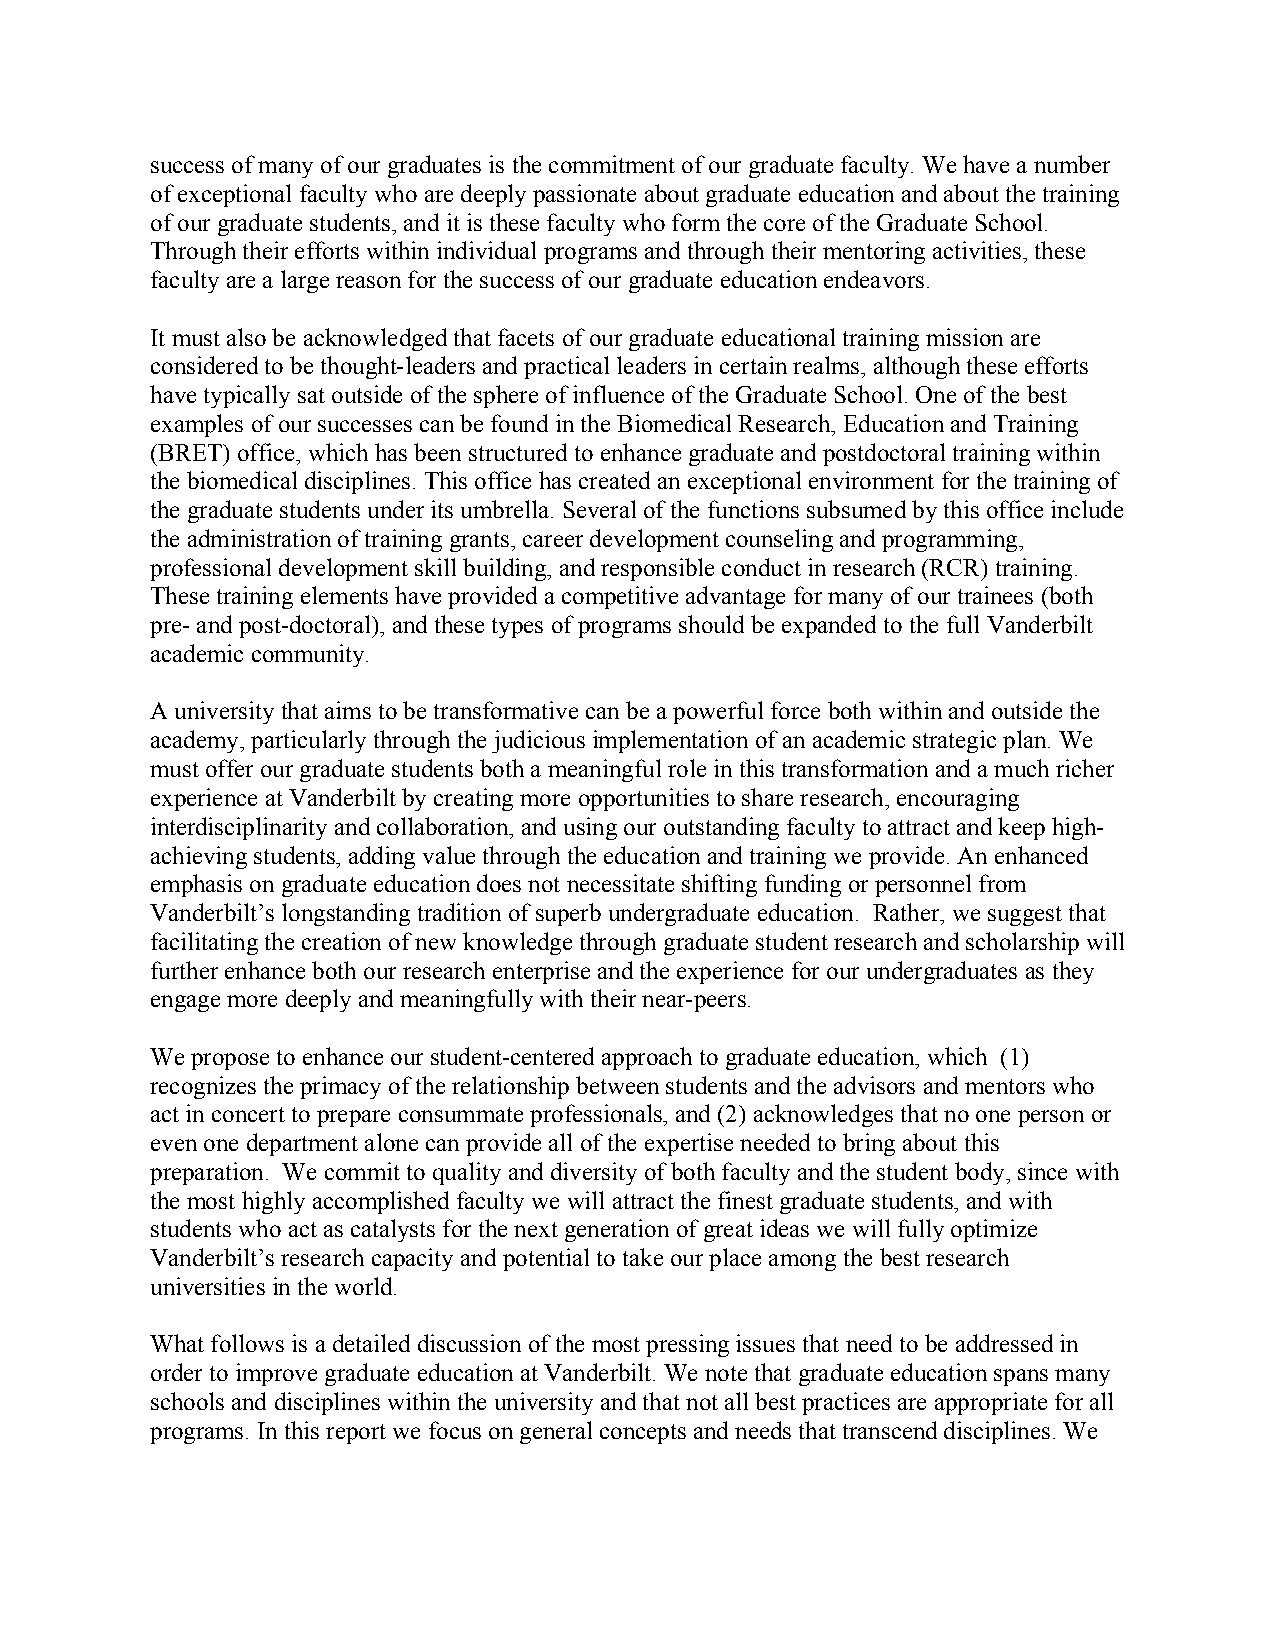
success of many of our graduates is the commitment of our graduate faculty. We have a number
 of exceptional faculty who are deeply passionate about graduate education and about the training
 of our graduate students, and it is these faculty who form the core of the Graduate School.
 Through their efforts within individual programs and through their mentoring activities, these
 faculty are a large reason for the success of our graduate education endeavors.
 It must also be acknowledged that facets of our graduate educational training mission are
 considered to be thought-leaders and practical leaders in certain realms, although these efforts
 have typically sat outside of the sphere of influence of the Graduate School. One of the best
 examples of our successes can be found in the Biomedical Research, Education and Training
 (BRET) office, which has been structured to enhance graduate and postdoctoral training within
 the biomedical disciplines. This office has created an exceptional environment for the training of
 the graduate students under its umbrella. Several of the functions subsumed by this office include
 the administration of training grants, career development counseling and programming,
 professional development skill building, and responsible conduct in research (RCR) training.
 These training elements have provided a competitive advantage for many of our trainees (both
 pre- and post-doctoral), and these types of programs should be expanded to the full Vanderbilt
 academic community.
 A university that aims to be transformative can be a powerful force both within and outside the
 academy, particularly through the judicious implementation of an academic strategic plan. We
 must offer our graduate students both a meaningful role in this transformation and a much richer
 experience at Vanderbilt by creating more opportunities to share research, encouraging
 interdisciplinarity and collaboration, and using our outstanding faculty to attract and keep high-
 achieving students, adding value through the education and training we provide. An enhanced
 emphasis on graduate education does not necessitate shifting funding or personnel from
 Vanderbilt’s longstanding tradition of superb undergraduate education. Rather, we suggest that
 facilitating the creation of new knowledge through graduate student research and scholarship will
 further enhance both our research enterprise and the experience for our undergraduates as they
 engage more deeply and meaningfully with their near-peers.
 We propose to enhance our student-centered approach to graduate education, which (1)
 recognizes the primacy of the relationship between students and the advisors and mentors who
 act in concert to prepare consummate professionals, and (2) acknowledges that no one person or
 even one department alone can provide all of the expertise needed to bring about this
 preparation. We commit to quality and diversity of both faculty and the student body, since with
 the most highly accomplished faculty we will attract the finest graduate students, and with
 students who act as catalysts for the next generation of great ideas we will fully optimize
 Vanderbilt’s research capacity and potential to take our place among the best research
 universities in the world.
 What follows is a detailed discussion of the most pressing issues that need to be addressed in
 order to improve graduate education at Vanderbilt. We note that graduate education spans many
 schools and disciplines within the university and that not all best practices are appropriate for all
 programs. In this report we focus on general concepts and needs that transcend disciplines. We